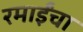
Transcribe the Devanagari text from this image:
रमाईंचा